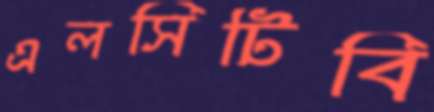
এলসিটিবি